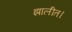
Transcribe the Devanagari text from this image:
झालीत।